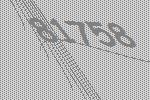
81758